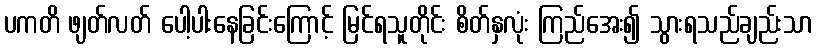
ပကတိ ဖျတ်လတ် ပေါ့ပါးနေခြင်းကြောင့် မြင်ရသူတိုင်း စိတ်နှလုံး ကြည်အေး၍ သွားရသည်ချည်းသာ